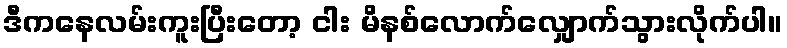
ဒီကနေလမ်းကူးပြီးတော့ ငါး မိနစ်လောက်လျှောက်သွားလိုက်ပါ။